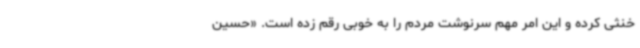
خنثی کرده و این امر مهم سرنوشت مردم را به خوبی رقم زده است. «حسین